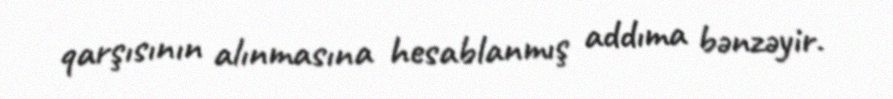
qarşısının alınmasına hesablanmış addıma bənzəyir.